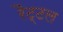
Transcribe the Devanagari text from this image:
रैट्टल